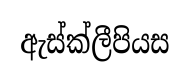
ඇස්ක්ලීපියස